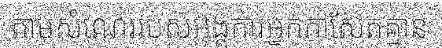
តាមសំណេររបស់អង្គការអ្នកកាសែតគ្មាន